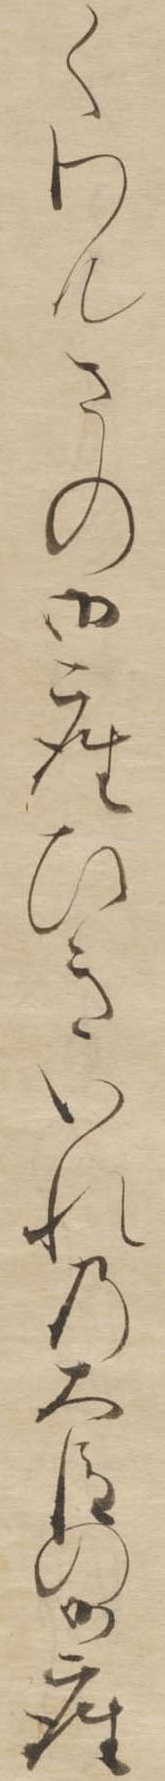
くわんさの御座ひきいれの大臣の御座